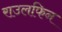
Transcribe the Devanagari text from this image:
राउलफिन